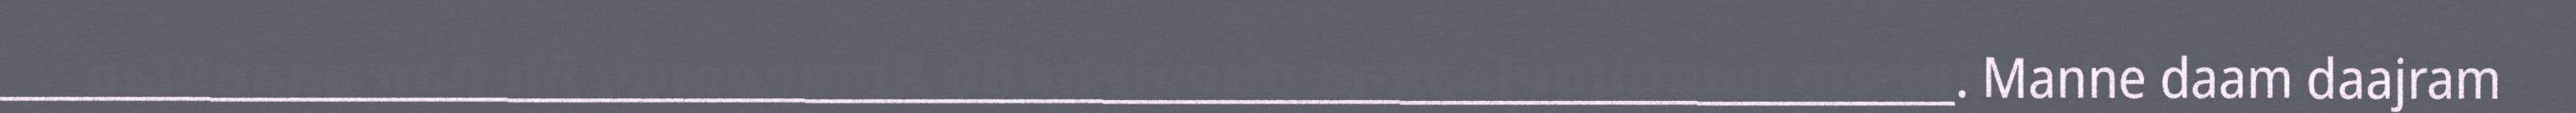
________________________________________________________________________________. Manne daam daajram